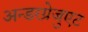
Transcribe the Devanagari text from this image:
अन्डरग्रेजुएट